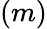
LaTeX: (m)